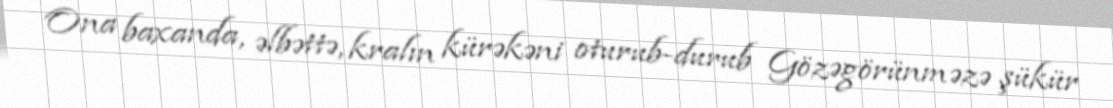
Ona baxanda, əlbəttə, kralın kürəkəni oturub-durub Gözəgörünməzə şükür